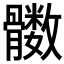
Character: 𲌔